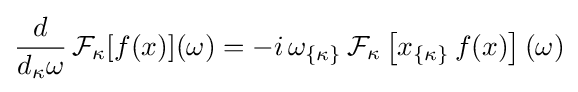
{\frac {d}{d_{\kappa }\omega }}\,{\cal {F}}_{\kappa }[f(x)](\omega )=-i\,\omega _{\{\kappa \}}\,{\cal {F}}_{\kappa }\left[x_{\{\kappa \}}\,f(x)\right](\omega )